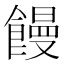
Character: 饅